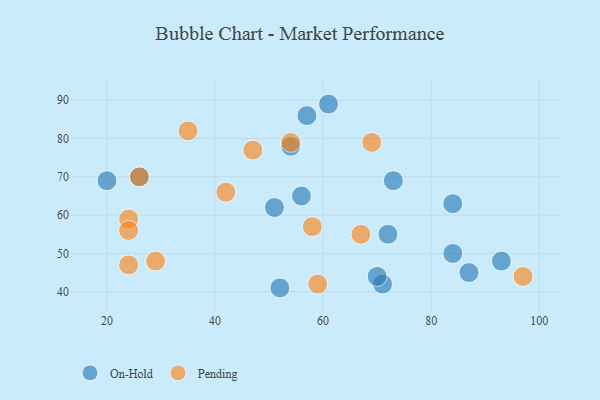
{"axis": {"x": "GDP", "y": "Life Expectancy"}, "legend": ["On-Hold", "Pending"], "data": [{"x": "84", "y": 50, "type": "On-Hold"}, {"x": "20", "y": 69, "type": "On-Hold"}, {"x": "72", "y": 55, "type": "On-Hold"}, {"x": "54", "y": 78, "type": "On-Hold"}, {"x": "73", "y": 69, "type": "On-Hold"}, {"x": "93", "y": 48, "type": "On-Hold"}, {"x": "51", "y": 62, "type": "On-Hold"}, {"x": "84", "y": 63, "type": "On-Hold"}, {"x": "71", "y": 42, "type": "On-Hold"}, {"x": "56", "y": 65, "type": "On-Hold"}, {"x": "61", "y": 89, "type": "On-Hold"}, {"x": "87", "y": 45, "type": "On-Hold"}, {"x": "57", "y": 86, "type": "On-Hold"}, {"x": "26", "y": 70, "type": "On-Hold"}, {"x": "52", "y": 41, "type": "On-Hold"}, {"x": "70", "y": 44, "type": "On-Hold"}, {"x": "24", "y": 59, "type": "Pending"}, {"x": "67", "y": 55, "type": "Pending"}, {"x": "97", "y": 44, "type": "Pending"}, {"x": "24", "y": 56, "type": "Pending"}, {"x": "35", "y": 82, "type": "Pending"}, {"x": "54", "y": 79, "type": "Pending"}, {"x": "58", "y": 57, "type": "Pending"}, {"x": "29", "y": 48, "type": "Pending"}, {"x": "42", "y": 66, "type": "Pending"}, {"x": "24", "y": 47, "type": "Pending"}, {"x": "47", "y": 77, "type": "Pending"}, {"x": "26", "y": 70, "type": "Pending"}, {"x": "69", "y": 79, "type": "Pending"}, {"x": "59", "y": 42, "type": "Pending"}]}